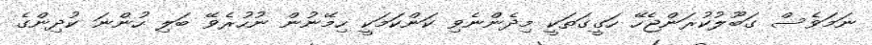
ނަމަވެސް ގަބޫލުކުރަންޖެހޭ ހަގީގަތަކީ މިދެންނެވި ކަންކަމަކީ ހިމޭނުން ނުހުރެވޭ ބަލި ހުންނަ ކުދިންގެ